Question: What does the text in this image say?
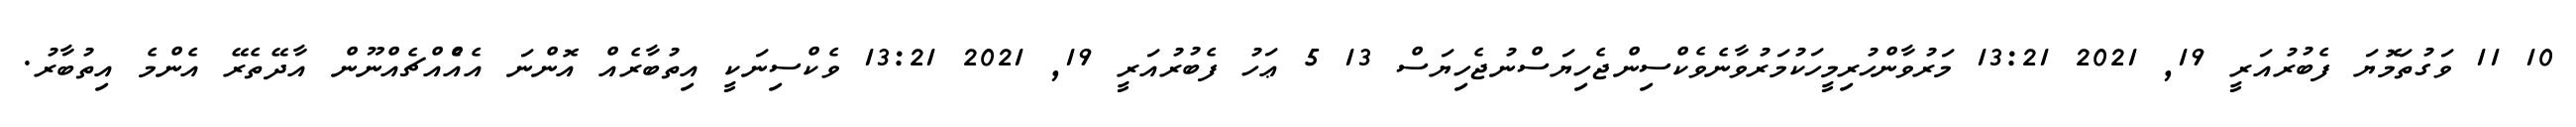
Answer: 10 11 ވަގުތަމޮޔަ ފެބުރުއަރީ 19, 2021 13:21 މަރުވާންހުރިމީހަކުމަރުވާނެވެކްސިންޖެހިޔަސްނުޖެހިޔަސް 13 5 ޢަހު ފެބުރުއަރީ 19, 2021 13:21 ވެކްސިނަކީ އިތުބާރެއް އޮންނަ އެއްެއްޗެއްނޫން އާދޭތެރޭ އެންމެ އިތުބާރު.